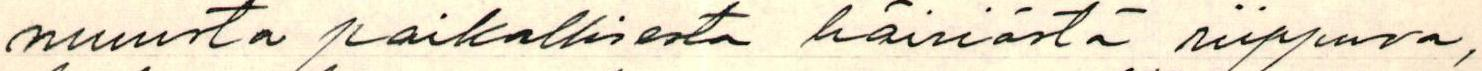
muusta paikallisesta häiriöstä riippuva,